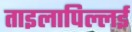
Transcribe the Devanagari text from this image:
ताइलापिल्लई